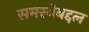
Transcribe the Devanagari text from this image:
समस्येबद्दल